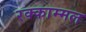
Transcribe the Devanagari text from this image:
रक्काम्मल